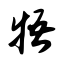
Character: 牾